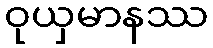
ဝုယှမာနဿ